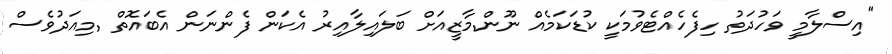
"އިސްލާމީ ވަހުދަތު ހިފެހެއްޓެވުމަކީ ކުޑަކަމެއް ނޫން